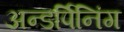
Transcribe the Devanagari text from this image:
अन्डर्पिनिंग